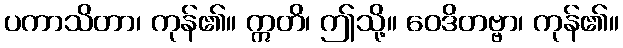
ပကာသိတာ၊ ကုန်၏။ ဣတိ၊ ဤသို့။ ဝေဒိတဗ္ဗာ၊ ကုန်၏။